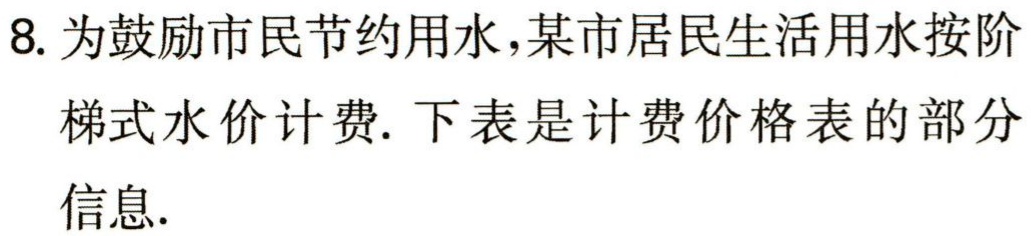
8. 为鼓励市民节约用水，某市居民生活用水按阶

梯式水价计费. 下表是计费价格表的部分

信息.